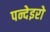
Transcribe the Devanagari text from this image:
पन्देइरो